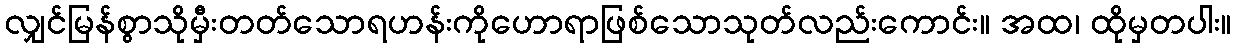
လျှင်မြန်စွာသိုမှီးတတ်သောရဟန်းကိုဟောရာဖြစ်သောသုတ်လည်းကောင်း။ အထ၊ ထိုမှတပါး။